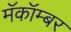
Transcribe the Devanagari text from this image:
मॅकॉम्बर